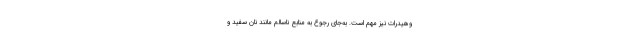
وهیدرات نیز مهم است. به‌جای رجوع به منابع ناسالم مانند نان سفید و